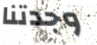
وجدتنا